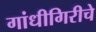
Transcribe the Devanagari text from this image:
गांधीगिरीचे